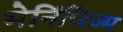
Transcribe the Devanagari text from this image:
मेनिंजिज्म